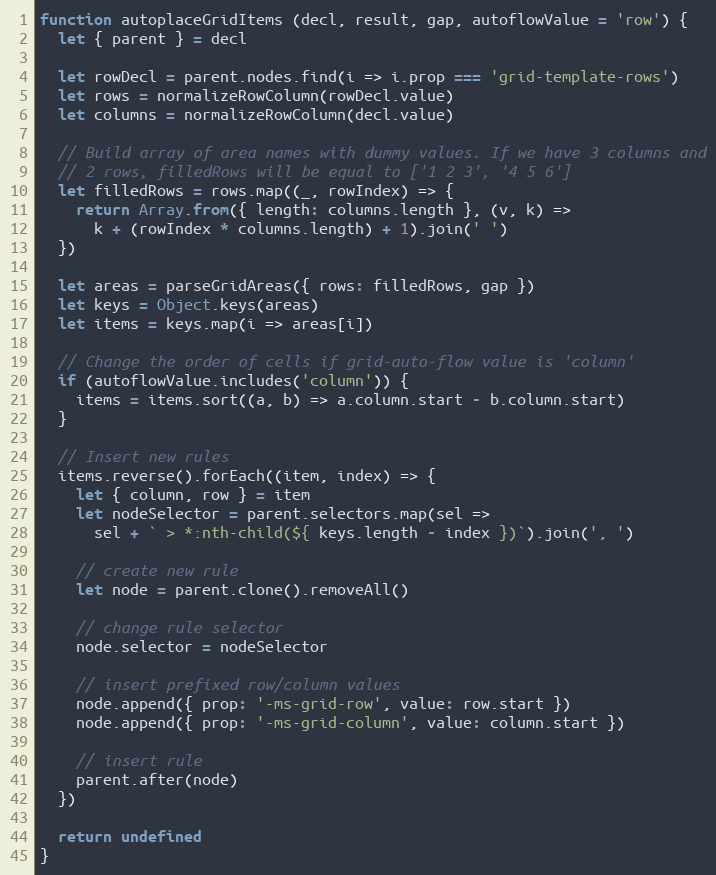
Language: JavaScript
function autoplaceGridItems (decl, result, gap, autoflowValue = 'row') {
  let { parent } = decl

  let rowDecl = parent.nodes.find(i => i.prop === 'grid-template-rows')
  let rows = normalizeRowColumn(rowDecl.value)
  let columns = normalizeRowColumn(decl.value)

  // Build array of area names with dummy values. If we have 3 columns and
  // 2 rows, filledRows will be equal to ['1 2 3', '4 5 6']
  let filledRows = rows.map((_, rowIndex) => {
    return Array.from({ length: columns.length }, (v, k) =>
      k + (rowIndex * columns.length) + 1).join(' ')
  })

  let areas = parseGridAreas({ rows: filledRows, gap })
  let keys = Object.keys(areas)
  let items = keys.map(i => areas[i])

  // Change the order of cells if grid-auto-flow value is 'column'
  if (autoflowValue.includes('column')) {
    items = items.sort((a, b) => a.column.start - b.column.start)
  }

  // Insert new rules
  items.reverse().forEach((item, index) => {
    let { column, row } = item
    let nodeSelector = parent.selectors.map(sel =>
      sel + ` > *:nth-child(${ keys.length - index })`).join(', ')

    // create new rule
    let node = parent.clone().removeAll()

    // change rule selector
    node.selector = nodeSelector

    // insert prefixed row/column values
    node.append({ prop: '-ms-grid-row', value: row.start })
    node.append({ prop: '-ms-grid-column', value: column.start })

    // insert rule
    parent.after(node)
  })

  return undefined
}